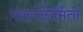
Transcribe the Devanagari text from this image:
परागनिर्मिती